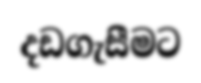
දඩගැසීමට